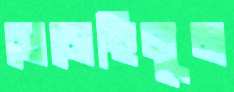
ঘেমেছিলুম